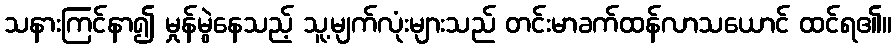
သနားကြင်နာ၍ မှုန်မွဲနေသည့် သူ့မျက်လုံးများသည် တင်းမာခက်ထန်လာသယောင် ထင်ရ၏။